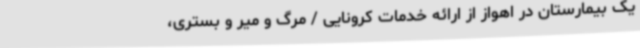
یک بیمارستان در اهواز از ارائه خدمات کرونایی / مرگ و میر و بستری،